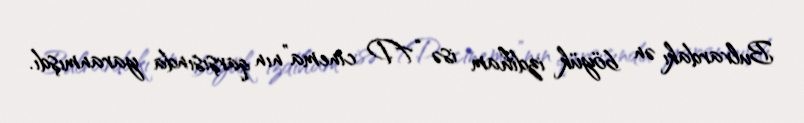
Bulvardakı ən böyük izdiham isə “7D cinema”nın qarşısında yaranmışdı.